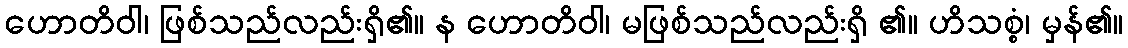
ဟောတိဝါ၊ ဖြစ်သည်လည်းရှိ၏။ န ဟောတိဝါ၊ မဖြစ်သည်လည်းရှိ ၏။ ဟိသစ္စံ၊ မှန်၏။